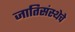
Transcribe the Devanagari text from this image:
जातिसंस्थेचे